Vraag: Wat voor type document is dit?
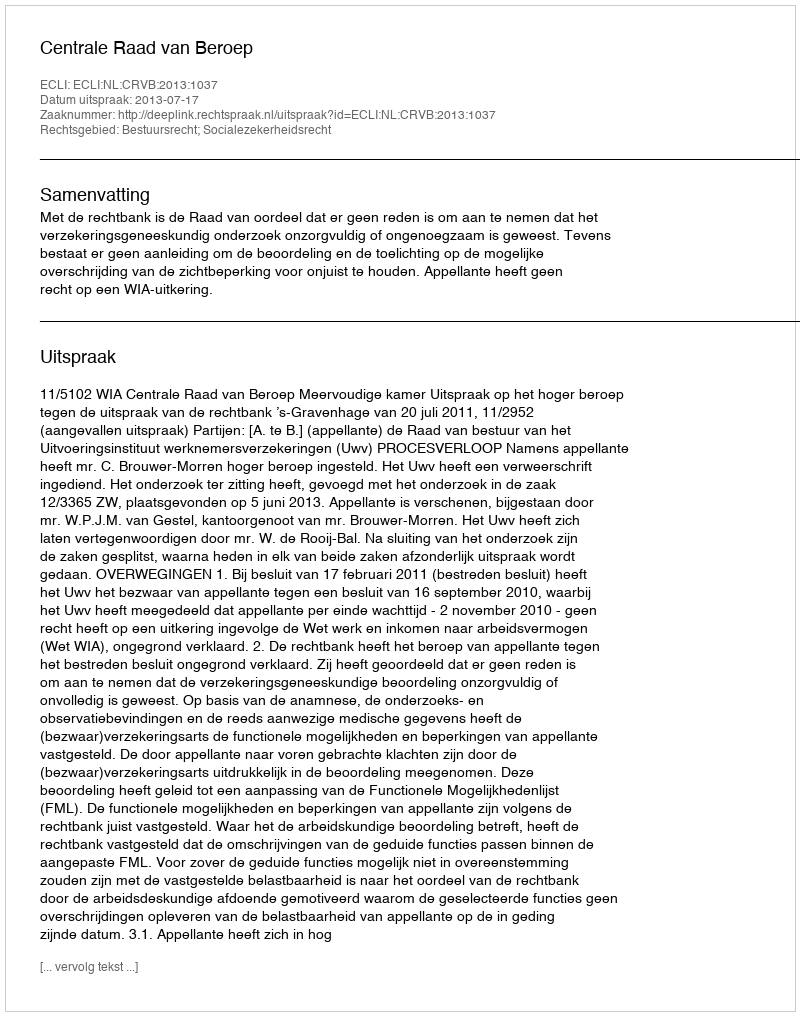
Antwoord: Uitspraak